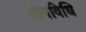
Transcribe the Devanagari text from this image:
योगविधि